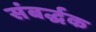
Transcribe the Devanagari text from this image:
संबर्द्धक